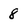
Character: 8